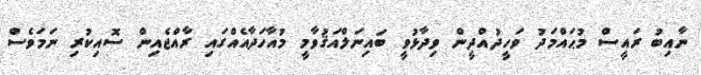
ނާއިބު ރައީސް މުޙައްމަދު ވަހީދުއްދީން ވިދާޅުވީ ބައިނަލްއަޤުވާމީ މުއާހަދާއެއްގައި ރާއްޖެއިން ސޮއިކުރި ނަމަވެސް